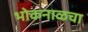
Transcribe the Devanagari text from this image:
भोकनाळचा